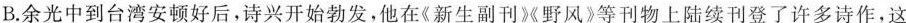
B.余光中到台湾安顿好后，诗兴开始勃发，他在《新生刊》《野风》等刊物上陆续刊登了许多诗作，这